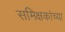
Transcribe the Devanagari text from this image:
समिक्षकांच्या